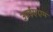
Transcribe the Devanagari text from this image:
आईएएम